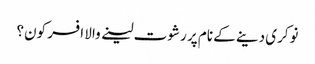
نوکری دینے کے نام پر رشوت لینے والا افسر کون؟